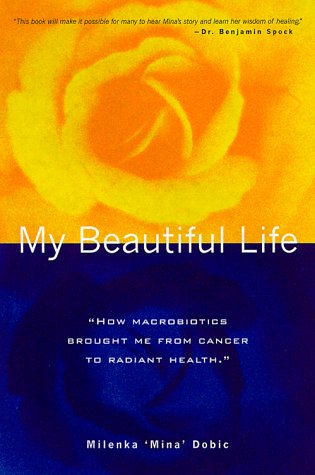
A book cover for My Beautiful Life: How Macrobiotics Brought Me from Cancer to Radiant Health; Milenka Dobic; Health, Fitness & Dieting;